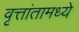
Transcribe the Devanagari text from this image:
वृत्तांतामध्ये